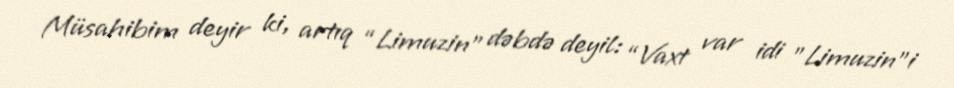
Müsahibim deyir ki, artıq “Limuzin” dəbdə deyil: “Vaxt var idi ”Limuzin"i